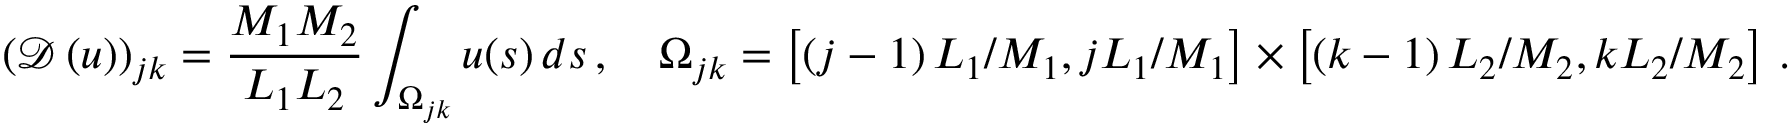
\left( \boldsymbol { \mathcal { D } } \left( u \right) \right) _ { j k } = \frac { M _ { 1 } M _ { 2 } } { L _ { 1 } L _ { 2 } } \int _ { \Omega _ { j k } } u ( \boldsymbol { s } ) \, d \boldsymbol { s } \, , \quad \Omega _ { j k } = \left[ \left( j - 1 \right) L _ { 1 } / M _ { 1 } , j L _ { 1 } / M _ { 1 } \right] \times \left[ \left( k - 1 \right) L _ { 2 } / M _ { 2 } , k L _ { 2 } / M _ { 2 } \right] \, .